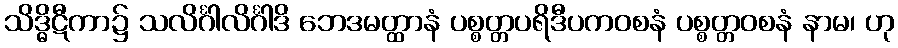
သိဒ္ဓိဋီကာ၌ သလိင်္ဂါလိင်္ဂါဒိ ဘေဒမတ္ထာနံ ပစ္စတ္တပရိဒီပကဝစနံ ပစ္စတ္တဝစနံ နာမ၊ ဟု